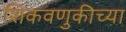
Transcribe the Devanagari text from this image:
शिकवणुकीच्‍या